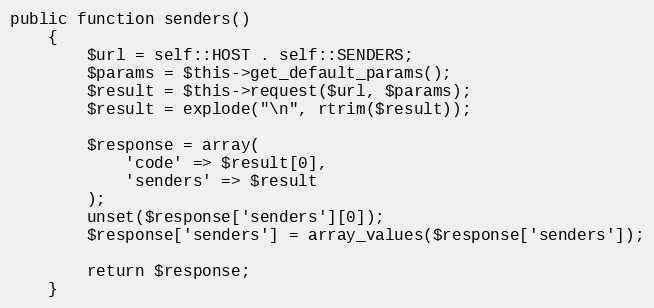
Language: PHP
public function senders()
    {
        $url = self::HOST . self::SENDERS;
        $params = $this->get_default_params();
        $result = $this->request($url, $params);
        $result = explode("\n", rtrim($result));

        $response = array(
            'code' => $result[0],
            'senders' => $result
        );
        unset($response['senders'][0]);
        $response['senders'] = array_values($response['senders']);

        return $response;
    }